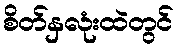
စိတ်နှလုံးထဲတွင်